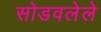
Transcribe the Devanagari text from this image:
सोडवलेले